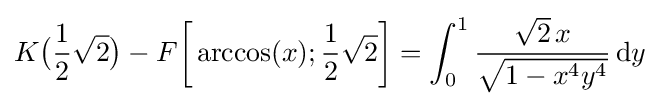
K{\bigl (}{\frac {1}{2}}{\sqrt {2}}{\bigr )}-F{\biggl [}\arccos(x);{\frac {1}{2}}{\sqrt {2}}{\biggr ]}=\int _{0}^{1}{\frac {{\sqrt {2}}\,x}{\sqrt {1-x^{4}y^{4}}}}\,\mathrm {d} y